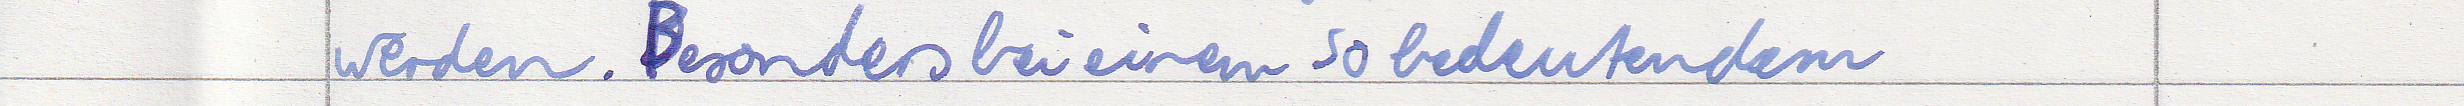
werden. Besonders bei einem so beudeutendem